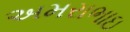
અમરાભાઇ